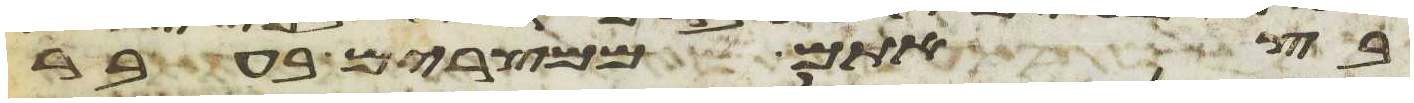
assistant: בצאתם ממצרים בעבר